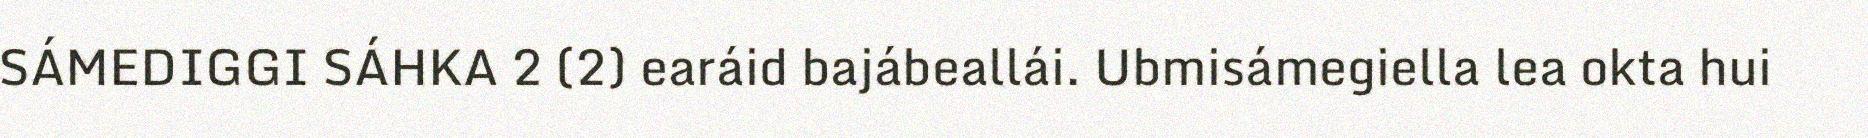
SÁMEDIGGI SÁHKA 2 (2) earáid bajábeallái. Ubmisámegiella lea okta hui